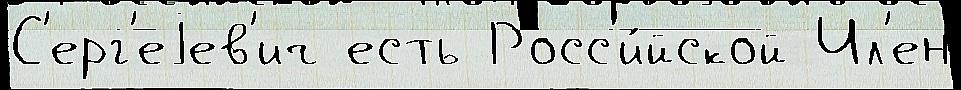
С'ерг'еjев'ич есть Росс'и́йской Чл'ен